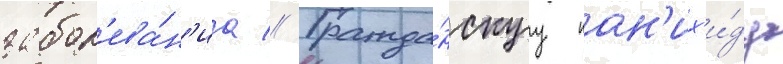
забол'ева́н'иа // Гражда́нскуу пан'их'и́ду